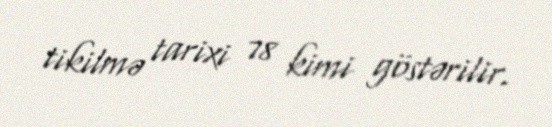
tikilmə tarixi 78 kimi göstərilir.